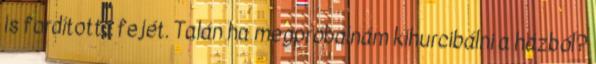
is fordította fejét. Talán ha megpróbálnám kihurcibálni a házból?